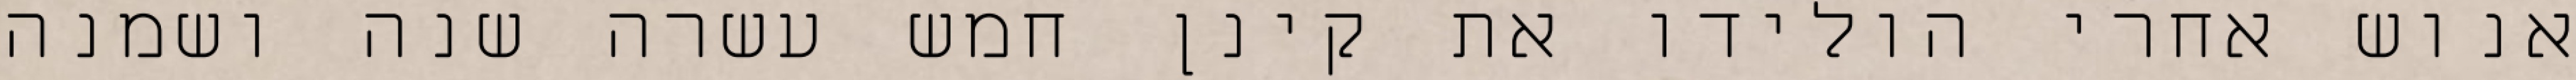
אנוש אחרי הולידו את קינן חמש עשרה שנה ושמנה